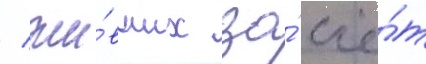
/ жи́вших за́ счё́т